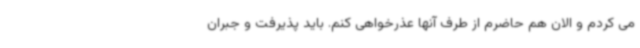
می کردم و الان هم حاضرم از طرف آنها عذرخواهی کنم. باید پذیرفت و جبران